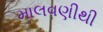
માલવણીથી